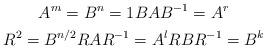
LaTeX: \begin{gather*}A^m=B^n=1B A B^{-1}=A^r\\R^2=B^{n/2}R A R^{-1}=A^lR B R^{-1}=B^k\end{gather*}